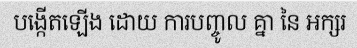
បង្កើតឡើង ដោយ ការបញ្ចូល គ្នា នៃ អក្សរ